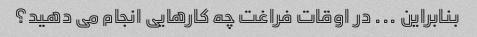
بنابراین ... در اوقات فراغت چه کارهایی انجام می دهید؟